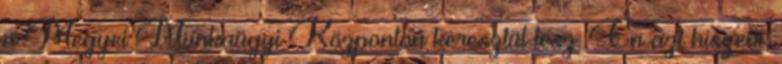
a Megyei Munkaügyi Központon keresztül tesz. Én azt hiszem,